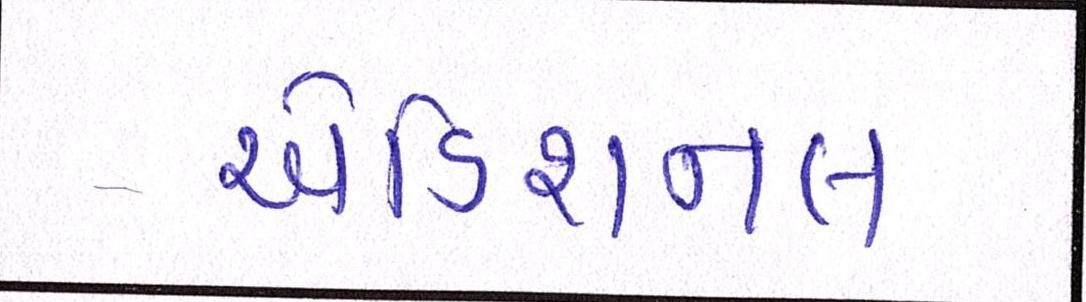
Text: એડિશનલ